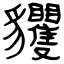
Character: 貜